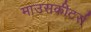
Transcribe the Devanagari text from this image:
माउसकीटर्स